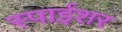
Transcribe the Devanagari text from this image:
स्पाईशर